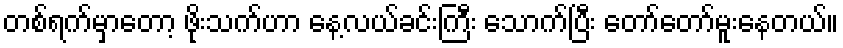
တစ်ရက်မှာတော့ ဖိုးသက်ဟာ နေ့လယ်ခင်းကြီး သောက်ပြီး တော်တော်မူးနေတယ်။